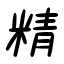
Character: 精